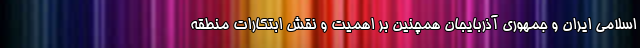
اسلامی ایران و جمهوری آذربایجان همچنین بر اهمیت و نقش ابتکارات منطقه